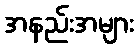
အနည်းအများ